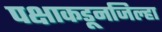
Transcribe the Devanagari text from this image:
पक्षाकडूनजिल्हा